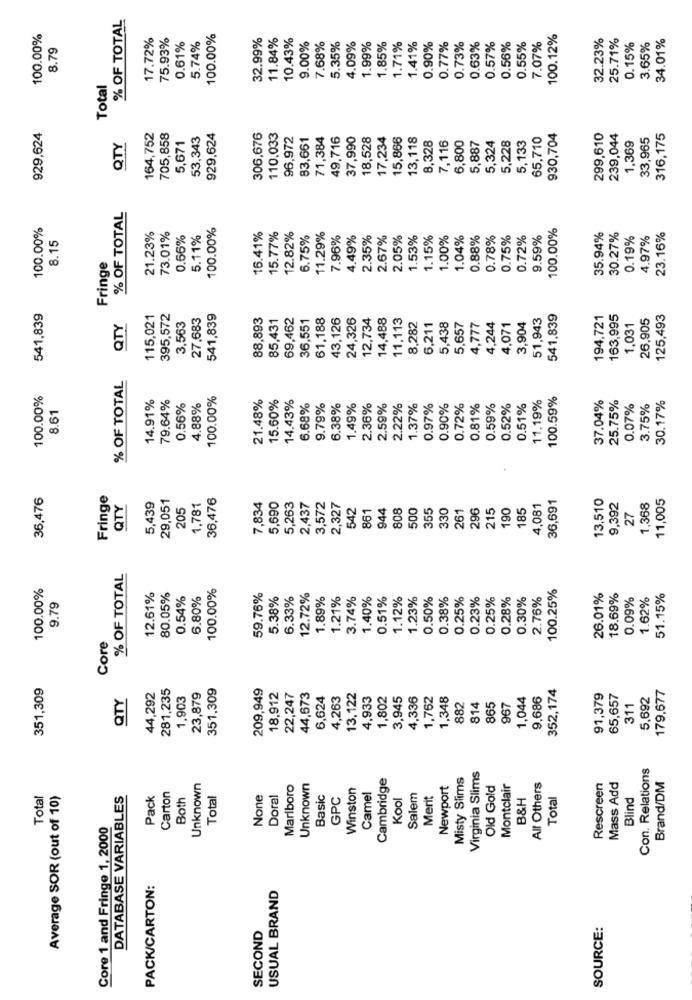
% OF TOTAL
100.00%
17.72%
75.93%
5.74%
100.00%
32.99%
11.84%
10.43%
100.12%
32.23%
25.71%
34.01%
8.79
0.61%
9.00%
7.68%
5.35%
4.09%
1.99%
1.85%
1.71%
1.41%
0.90%
0.77%
0.73%
0.63%
0.57%
0.56%
0.55%
7.07%
0.15%
3.65%
Total
929,624
164,752
705,858
5,671
53,343
929,624
306,676
110,033
96,972
83,661
71,384
49,716
37,990
18,528
17,234
15,866
13,118
8,328
7,116
6,800
5,887
5,228
5,133
65,710
930,704
299,610
239,044
1,369
33,965
316,175
QTY
5,324
% OF TOTAL
100.00%
21.23%
100.00%
100.00%
8.15
73.01%
0.66%
5.11%
16.41%
15.77%
12.82%
6.75%
11.29%
7.96%
4.49%
2.35%
2.67%
2.05%
1.53%
1.15%
1.00%
1.04%
0.88%
0.78%
0.75%
0.72%
9.59%
35.94%
30.27%
0.19%
4.97%
23.16%
Fringe
541,839
115,021
395,572
27,683
541,839
88,893
85,431
69,462
36,551
61,188
43,126
24,326
12,734
14,488
11,113
51,943
541,839
194,721
163,995
26.905
125,493
QTY
3,563
8,282
6.211
5,438
5,657
4,777
4,244
4,071
3,904
1,031
% OF TOTAL
100.00%
79.64%
100.00%
21.48%
15.60%
14.43%
100.59%
37.04%
25.75%
30.17%
8.61
14.91%
0.56%
4.88%
6.68%
9.79%
6.38%
1.49%
2.36%
2.59%
2.22%
1.37%
0.97%
0.90%
0.72%
0.81%
0.59%
0.52%
0.51%
11,19%
0.07%
3.75%
4
36,476
Fringe
29,051
36,476
36,691
13,510
11,005
QTY
5,439
205
1,781
7,834
5,690
5,263
2,437
3,572
2,327
542
944
808
500
355
330
215
190
185
4,081
9,392
1,368
861
261
296
27
% OF TOTAL
100.00%
100.00%
100.25%
12.61%
80.05%
0.54%
6.80%
59.76%
5.38%
6.33%
12.72%
1.89%
1.21%
3.74%
1.40%
0.51%
1.12%
1.23%
0.50%
0.38%
0.25%
0.23%
0.25%
0.28%
0.30%
2.76%
26.01%
18.69%
0.09%
1.62%
51.15%
9.79
Core
351,309
281,235
351,309
209,949
352,174
179,677
QTY
44,292
1,903
23,879
18,912
22,247
44,673
6,624
4,263
13,122
4,933
1,802
3,945
4,336
1,762
1,348
1,044
9,686
91,379
65,657
5,692
882
814
365
967
311
Con. Relations
Cambridge
Misty Slims
Virginia Slims
Unknown
Marlboro
Unknown
Winston
Newport
Old Gold
Montclair
All Others
Rescreen
Mass Add
Brand/DM
Total
Average SOR (out of 10)
DATABASE VARIABLES
Pack
Carton
Both
Total
Doral
Basic
GPC
Camel
Kool
Salem
Merit
B&H
Total
Blind
Core 1 and Fringe 1, 2000
PACK/CARTON:
USUAL BRAND
SECOND
SOURCE: